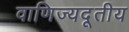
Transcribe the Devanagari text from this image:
वाणिज्यदूतीय